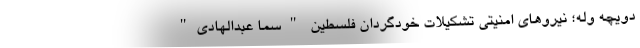
دویچه وله؛ نیرو‌های امنیتی تشکیلات خودگردان فلسطین "سما عبدالهادی"